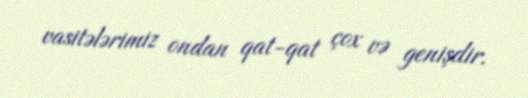
vasitələrimiz ondan qat-qat çox və genişdir.